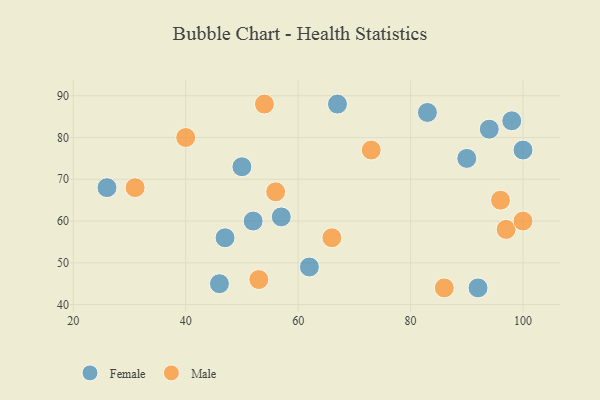
{"axis": {"x": "GDP", "y": "Life Expectancy"}, "legend": ["Female", "Male"], "data": [{"x": "46", "y": 45, "type": "Female"}, {"x": "47", "y": 56, "type": "Female"}, {"x": "92", "y": 44, "type": "Female"}, {"x": "26", "y": 68, "type": "Female"}, {"x": "98", "y": 84, "type": "Female"}, {"x": "94", "y": 82, "type": "Female"}, {"x": "100", "y": 77, "type": "Female"}, {"x": "52", "y": 60, "type": "Female"}, {"x": "83", "y": 86, "type": "Female"}, {"x": "57", "y": 61, "type": "Female"}, {"x": "50", "y": 73, "type": "Female"}, {"x": "62", "y": 49, "type": "Female"}, {"x": "67", "y": 88, "type": "Female"}, {"x": "90", "y": 75, "type": "Female"}, {"x": "53", "y": 46, "type": "Male"}, {"x": "31", "y": 68, "type": "Male"}, {"x": "54", "y": 88, "type": "Male"}, {"x": "86", "y": 44, "type": "Male"}, {"x": "66", "y": 56, "type": "Male"}, {"x": "73", "y": 77, "type": "Male"}, {"x": "97", "y": 58, "type": "Male"}, {"x": "96", "y": 65, "type": "Male"}, {"x": "100", "y": 60, "type": "Male"}, {"x": "40", "y": 80, "type": "Male"}, {"x": "56", "y": 67, "type": "Male"}]}